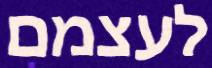
לעצמם